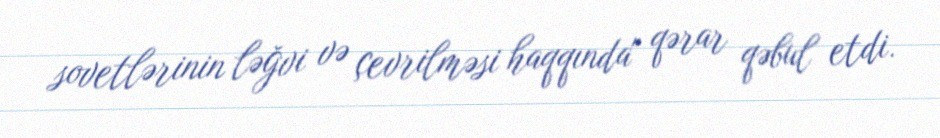
sovetlərinin ləğvi və çevrilməsi haqqında" qərar qəbul etdi.